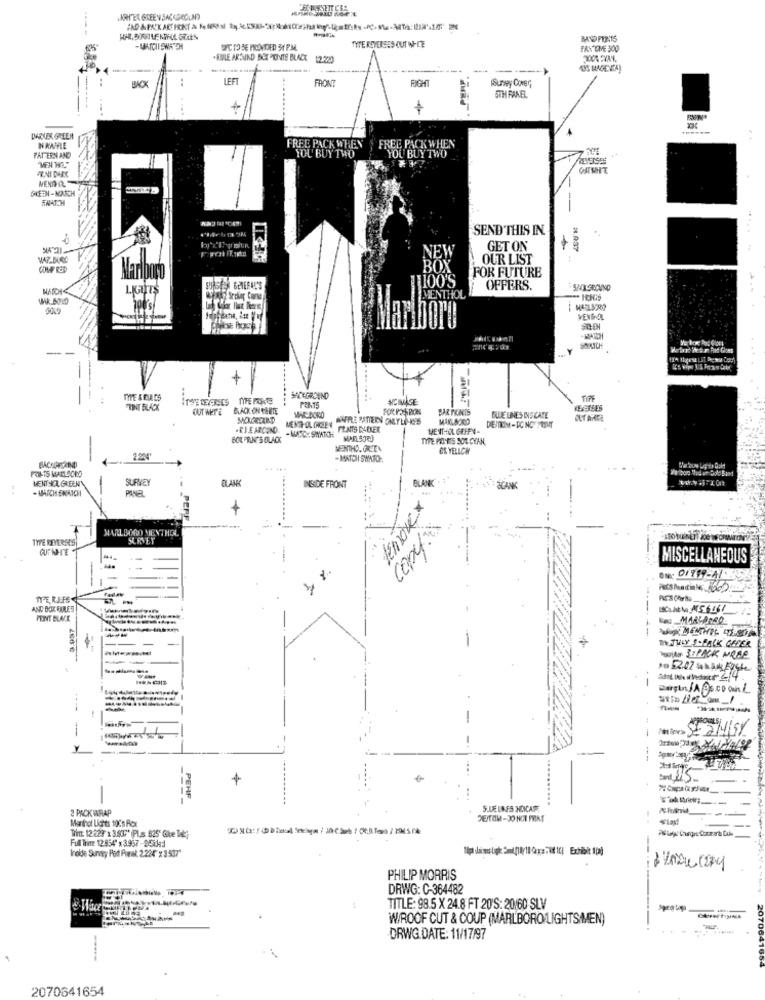
TYTE REVERSES CUT WHCE
PANTONE 300
. FILE ARSIND BOT POINTE BLACK 12.220
"US MAGENTA)
LEFT
FRONT
RIGHT
ISurvey Cover
STH PANEL
+
DARKER GREEN
NKALE
FREE PACI
PATTERN AND
YOU' BUY TWO
YOU BUY TWO
PENI DARK
SNATCH
-
SEND THIS IN
NEW
GET ON
OUR LIST
BOX
FOR FUTURE
Marlboro
DO'S
LIGHTS
OFFERS.
MENTHOL
100's
SORICH
+
THE DEINES TIFE PORTE
SACKGROUND
HCIMAGE
TIPF
TINT FLACX
CUT WET'E
BLACK ON GENTE
POINTS
PAR TIONIS
BLUE LINES INISCATE
MARLBORO
OLT ANKE
.RJE ARCOND
MENTHOL GREEN
FEATS DIEKER
MENTHOL GEHEN-
BOK PRIN'S BLACK
-MASC: SWATCH
TYPE PONES SOL CYAN,
MENTHO. ORTA
EL YELLCHY
2.204
- MATCH SWATO.
POIAIS MALLOCKD
BACHCASAIND
.. ...
MENT CA. GREEN
SURVEY
CLANK
BLANK
- MARCH ENAICH
PILNEL
INSIDE FRONT
PERE
MARLBORO MENTHOL
TYPE REVERSES
SERVET
MISCELLANEOUS
PROS Pand'in le: 1600
ITE, REFS
AND BOX RULES
POINT BLACK
------
W.JULY S-FALK GEFER
Ps 52.07 . 34566
--
---
PHOULS;
-
+
PERF
2 PACK WRAP
SJUE LINES HONCADE,
---
Marthol Lichts 10cs Rox
Tint: 12:29 x 3.837" (Plus 825" Glue Tet:)
Ful Trime 12:854" x 3.967-95usd
Ireide Survey Pott Porel 2.284" x 3 437"
--
PHILIP MORRIS
DRWG: C-364482
TITLE: 98.5 X 24.8 FT 20'S: 20/60 SLV
W/ROOF CUT & COUP (MARLBORO LIGHTS/MEN)
DRWG DATE: 11/17/97
2070641654